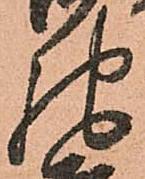
馳